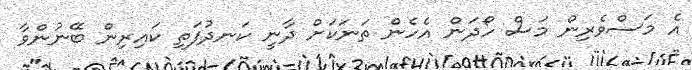
އެ މަސްވެރިން މަސް ހޯދަން އެހެން ތަނަކަށް ދާނީ ކަނދުފަތި ކައިރިން ބޭނުންވާ